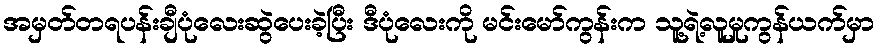
အမှတ်တရပန်းချီပုံလေးဆွဲပေးခဲ့ပြီး ဒီပုံလေးကို မင်းမော်ကွန်းက သူ့ရဲ့လူမှုကွန်ယက်မှာ